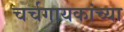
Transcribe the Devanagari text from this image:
चर्चगायकांच्या